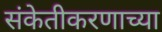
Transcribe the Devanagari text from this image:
संकेतीकरणाच्या